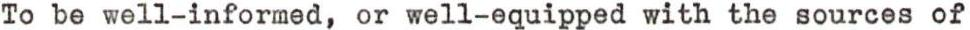
To be well-informed, or well-equipped with the sources of